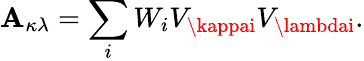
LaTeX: \mathbf{A}_{\kappa\lambda}=\sum_{i}W_{i}V_{\kappai}V_{\lambdai}.